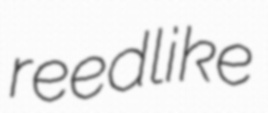
reedlike